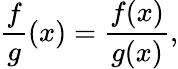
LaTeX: {\frac{f}{g}}(x)={\frac{f(x)}{g(x)}},